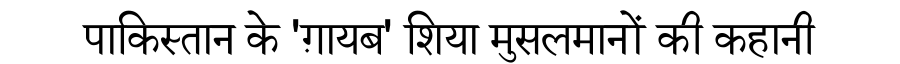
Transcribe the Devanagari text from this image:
पाकिस्तान के 'ग़ायब' शिया मुसलमानों की कहानी